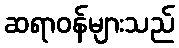
ဆရာဝန်များသည်